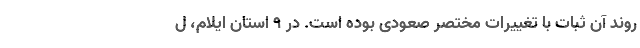
روند آن ثبات با تغییرات مختصر صعودی بوده است. در ۹ استان ایلام، ل